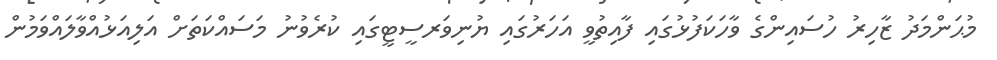
މުޙަންމަދު ޒާހިރު ހުސައިންގެ ވާހަކަފުޅުގައި ފާއިތުވީ އަހަރުގައި ޔުނިވަރސީޓީގައި ކުރެވުނު މަސައްކަތަށް އަލިއަޅުއްވާލައްވަމުން